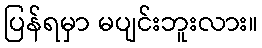
ပြန်ရမှာ မပျင်းဘူးလား။